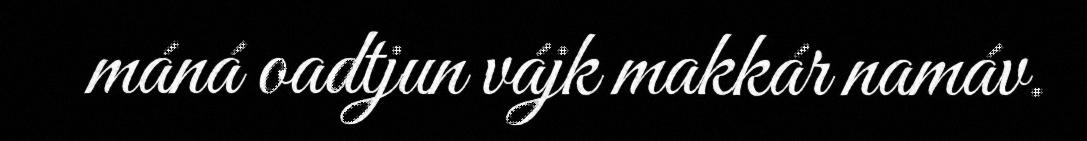
máná oadtjun vájk makkár namáv.